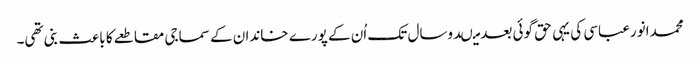
محمدانورعباسی کی یہی حق گوئی بعد میںدوسال تک اُن کے پورے خاندان کے سماجی مقاطعے کا باعث بنی تھی۔